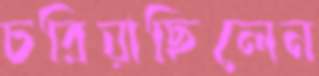
চরিয়াছিলেন